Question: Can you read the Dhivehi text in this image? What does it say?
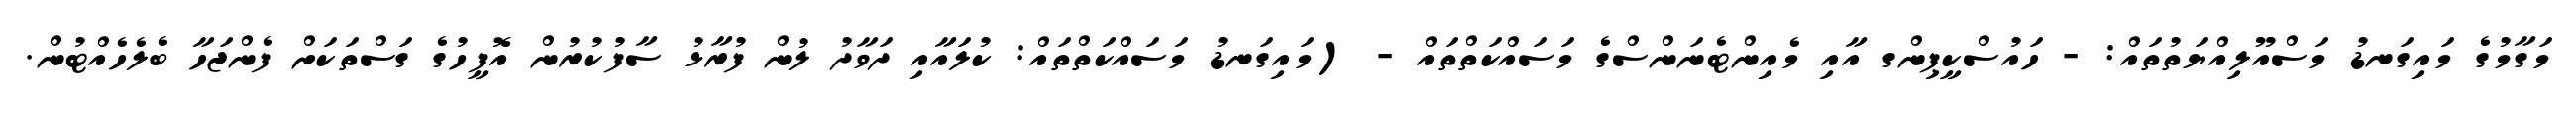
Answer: މަގާމުގެ މައިގަނޑު މަސްއޫލިއްޔަތުތައް: - ހައުސްކީޕިންގ އާއި މެއިންޓެނަންސްގެ މަސައްކަތްތައް - (މައިގަނޑު މަސައްކަތްތައް: ކުލައާއި ދަވާދު ލުން ފުރާޅު ސާފުކުރުން އޮފީހުގެ ގަސްތަކަށް ފެންޖަހާ ބެލެހެއްޓުން.